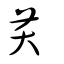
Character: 芺